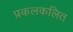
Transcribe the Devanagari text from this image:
प्रकलकलित